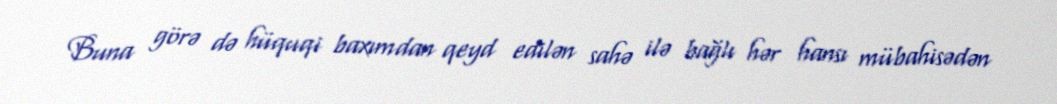
Buna görə də hüquqi baxımdan qeyd edilən sahə ilə bağlı hər hansı mübahisədən